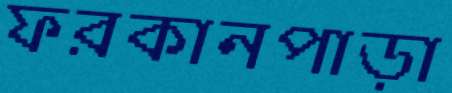
ফরকানপাড়া